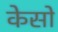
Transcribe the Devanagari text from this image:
केसो